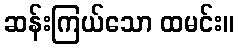
ဆန်းကြယ်သော ထမင်း။